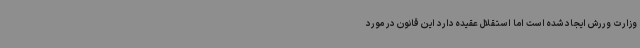
وزارت وررش ایجاد شده است اما استقلال عقیده دارد این قانون در مورد